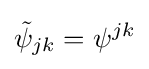
{\tilde {\psi }}_{jk}=\psi ^{jk}